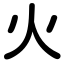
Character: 火